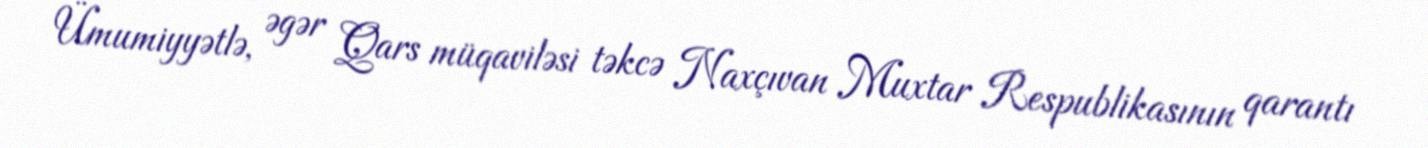
Ümumiyyətlə, əgər Qars müqaviləsi təkcə Naxçıvan Muxtar Respublikasının qarantı